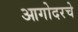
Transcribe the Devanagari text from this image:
आगोदरचे